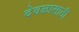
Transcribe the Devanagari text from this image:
देवळासाठी